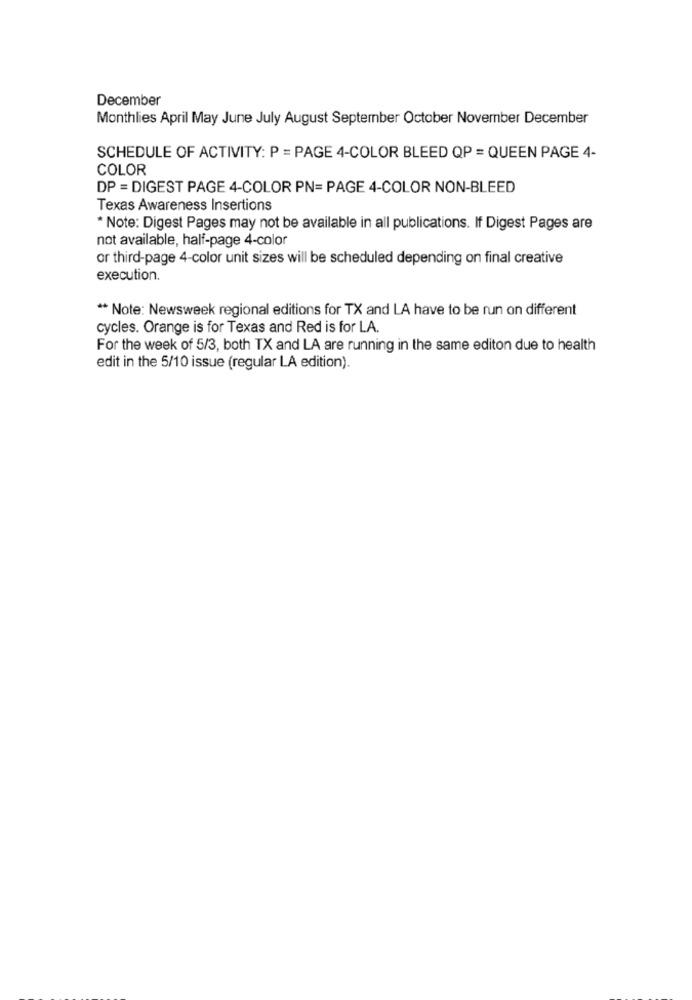
December
Monthlies April May June July August September October November December
SCHEDULE OF ACTIVITY: P = PAGE 4-COLOR BLEED QP = QUEEN PAGE 4-
COLOR
DP = DIGEST PAGE 4-COLOR PN= PAGE 4-COLOR NON-BLEED
Texas Awareness Insertions
* Note: Digest Pages may not be available in all publications. If Digest Pages are
not available, half-page 4-color
or third-page 4-color unit sizes will be scheduled depending on final creative
execution.
** Note: Newsweek regional editions for TX and LA have to be run on different
cycles. Orange is for Texas and Red is for LA.
For the week of 5/3, both TX and LA are running in the same editon due to health
edit in the 5/10 issue (regular LA edition).